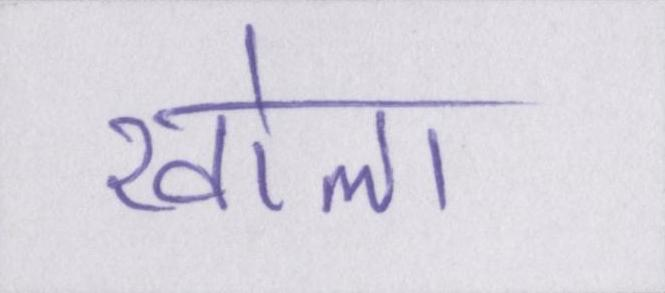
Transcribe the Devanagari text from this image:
खोला